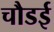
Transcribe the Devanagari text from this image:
चौडई